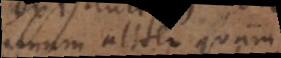
unum aliter quam